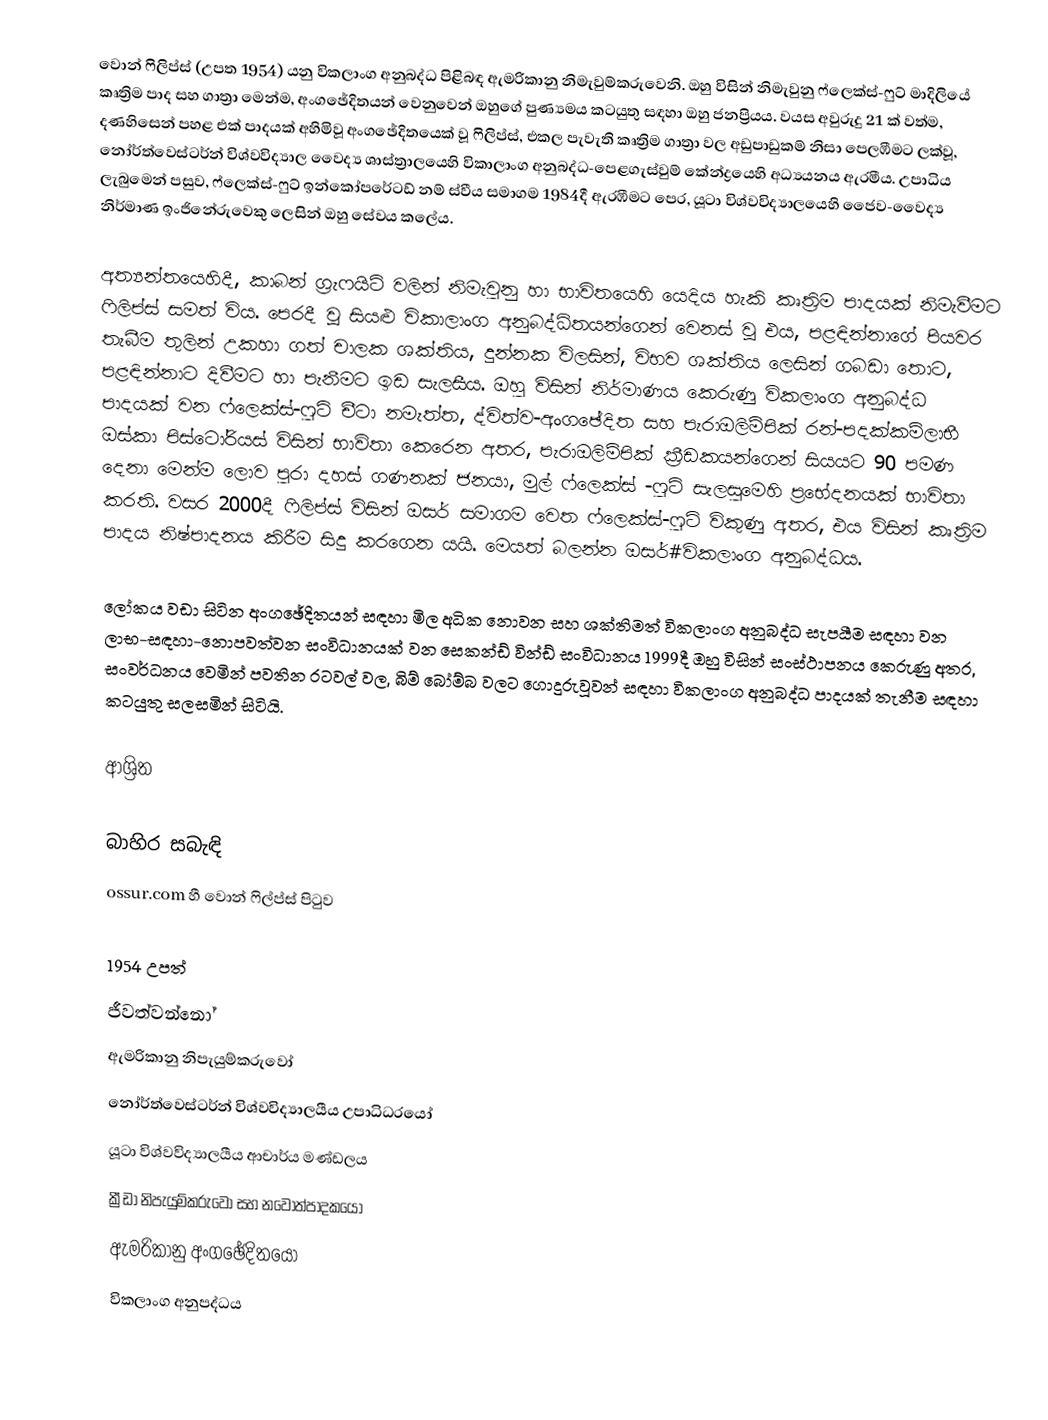
වොන් ෆිලිප්ස් (උපත 1954) යනු  විකලාංග අනුබද්ධ පිළිබඳ ඇමරිකානු නිමැවුම්කරුවෙනි. ඔහු විසින් නිමැවුනු ෆ්ලෙක්ස්-ෆුට් මාදිලියේ කෘත්‍රිම පාද සහ ගාත්‍රා මෙන්ම, අංගඡේදිතයන් වෙනුවෙන් ඔහුගේ පුණ්‍යමය කටයුතු සඳහා ඔහු ජනප්‍රියය. වයස අවුරුදු 21 ක් වත්ම, දණහිසෙන් පහළ එක් පාදයක් අහිමිවූ අංගඡේදිතයෙක් වූ ෆිලිප්ස්, එකල පැවැති කෘත්‍රිම ගාත්‍රා වල අඩුපාඩුකම් නිසා පෙලඹීමට ලක්වූ,    නෝර්ත්වෙස්ටර්න් විශ්වවිද්‍යාල වෛද්‍ය ශාස්ත්‍රාලයෙහි විකාලාංග අනුබද්ධ-පෙළගැස්වුම් කේන්ද්‍රයෙහි අධ්‍යයනය ඇරමීය. උපාධිය ලැබුමෙන් පසුව, ෆ්ලෙක්ස්-ෆුට් ඉන්කෝපරේටඩ් නම් ස්වීය සමාගම 1984දී ඇරඹීමට පෙර,  යූටා විශ්වවිද්‍යාලයෙහි ජෛව-වෛද්‍ය නිර්මාණ ඉංජිනේරුවෙකු ලෙසින් ඔහු සේවය කලේය.

අත්‍යන්තයෙහිදී, කාබන් ග්‍රැෆයිට් වලින් නිමැවුනු හා භාවිතයෙහි යෙදිය හැකි කෘත්‍රිම පාදයක් නිමැවීමට ෆිලිප්ස් සමත් විය. පෙරදී වූ සියළු විකාලාංග අනුබද්ධිතයන්ගෙන් වෙනස් වූ එය, පළඳින්නාගේ පියවර තැබීම තුලින් උකහා ගත් චාලක ශක්තිය, දුන්නක විලසින්,  විභව ශක්තිය ලෙසින් ගබඩා තොට, පළඳින්නාට දිවීමට හා පැනීමට ඉඩ සැලසීය. ඔහු විසින් නිර්මාණය කෙරුණු විකලාංග අනුබද්ධ පාදයක් වන ෆ්ලෙක්ස්-ෆුට් චීටා නමැත්ත, ද්විත්ව-අංගඡේදිත සහ පැරාඔලිම්පික් රන්-පදක්කම්ලාභී ඔස්කා පිස්ටෝරියස් විසින් භාවිතා කෙරෙන අතර, පැරාඔලිම්පික් ක්‍රීඩකයන්ගෙන් සියයට 90 පමණ දෙනා මෙන්ම ලොව පුරා දහස් ගණනක් ජනයා,  මුල් ෆ්ලෙක්ස් -ෆුට් සැලසුමෙහි ප්‍රභේදනයක් භාවිතා කරති. වසර 2000දී ෆිලිප්ස් විසින් ඔසර් සමාගම වෙත ෆ්ලෙක්ස්-ෆුට් විකුණු අතර, එය විසින් කෘත්‍රිම පාදය නිෂ්පාදනය කිරීම සිදු කරගෙන යයි. මෙයත් බලන්න ඔසර්#විකලාංග අනුබද්ධය.

ලෝකය වඩා සිටින අංගඡේදිතයන් සඳහා මිල අධික නොවන සහ ශක්තිමත්  විකලාංග අනුබද්ධ සැපයීම සඳහා වන ලාභ-සඳහා-නොපවත්වන සංවිධානයක් වන සෙකන්ඩ් වින්ඩ් සංවිධානය 1999දී ඔහු විසින් සංස්ථාපනය කෙරුණු අතර,  සංවර්ධනය වෙමින් පවතින රටවල් වල, බිම් බෝම්බ වලට ගොදුරුවූවන් සඳහා විකලාංග අනුබද්ධ පාදයක් තැනීම සඳහා කටයුතු සලසමින් සිටියි.

ආශ්‍රිත

බාහිර සබැඳි
 ossur.com හී වොන් ෆිල්ප්ස් පිටුව

1954 උපත්
ජීවත්වන්නෝ
ඇමරිකානු නිපැයුම්කරුවෝ
නෝර්ත්වෙස්ටර්න් විශ්වවිද්‍යාලයීය උපාධිධරයෝ
යූටා විශ්වවිද්‍යාලයීය ආචාර්ය මණ්ඩලය
ක්‍රීඩා නිපැයුම්කරුවෝ සහ නවෝත්පාදකයෝ
ඇමරිකානු අංගඡේදිතයෝ
විකලාංග අනුපද්ධය